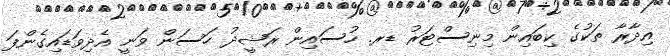
އިދާރާ ތަކުގެ ކިބައިން މިނިސްޓަރު ޑރ. ހުސައިން ރަޝީދު ހަސަން ވަނީ އެދިވަޑައިގެންފަ